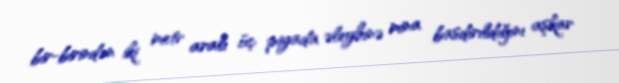
bir-birindən iki metr aralı üç piyada əleyhinə mina basdırıldığını aşkar